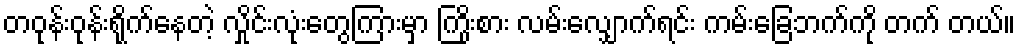
တဝုန်းဝုန်းရိုက်နေတဲ့ လှိုင်းလုံးတွေကြားမှာ ကြိုးစား လမ်းလျှောက်ရင်း ကမ်းခြေဘက်ကို တက် တယ်။